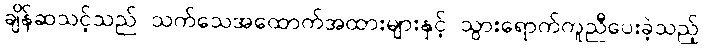
ချိန်ဆသင့်သည် သက်သေအထောက်အထားများနှင့် သွားရောက်ကူညီပေးခဲ့သည့်